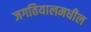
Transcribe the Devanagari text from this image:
जगतियालमधील